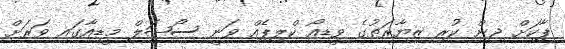
ޕާކަށް ޖިން ކުރި ޒިޔާރަތުގެ ވީޑިއޯ ކްލިޕެއް ވަނީ ސޯޝަލް މީޑިއާގައި ވަރަށް